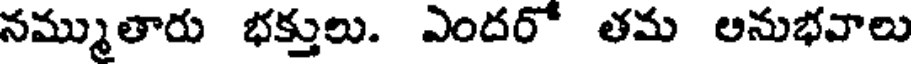
నమ్ముతారు భక్తులు. ఎందరో తమ అనుభవాలు